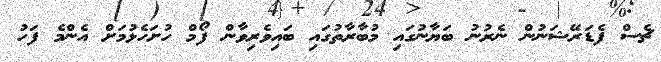
ޗެސް ފެޑަރޭޝަނުން ނެރުނު ބަޔާނުގައި މުބާރާތުގައި ބައިވެރިވާން ފޯމް ހުށަހެޅުމަށް އެންމެ ފަހު